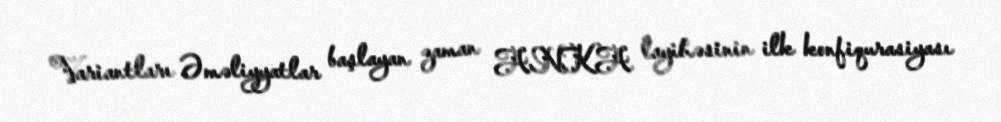
Variantları Əməliyyatlar başlayan zaman ANKA layihəsinin ilk konfiqurasiyası